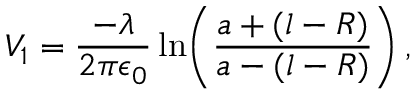
V _ { 1 } = \frac { - \lambda } { 2 \pi \epsilon _ { 0 } } \ln \! \left( \frac { a + ( l - R ) } { a - ( l - R ) } \right) ,